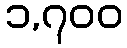
၁,၇၀၀